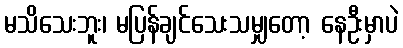
မသိသေးဘူး၊ မပြန်ချင်သေးသမျှတော့ နေဦးမှာပဲ